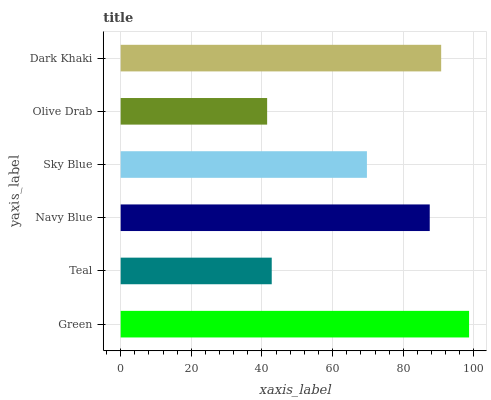
| yaxis_label | bars |
 | --- | --- |
 | Green | 98.6 |
 | Teal | 42.8 |
 | Navy Blue | 87.5 |
 | Sky Blue | 69.7 |
 | Olive Drab | 41.5 |
 | Dark Khaki | 90.7 |